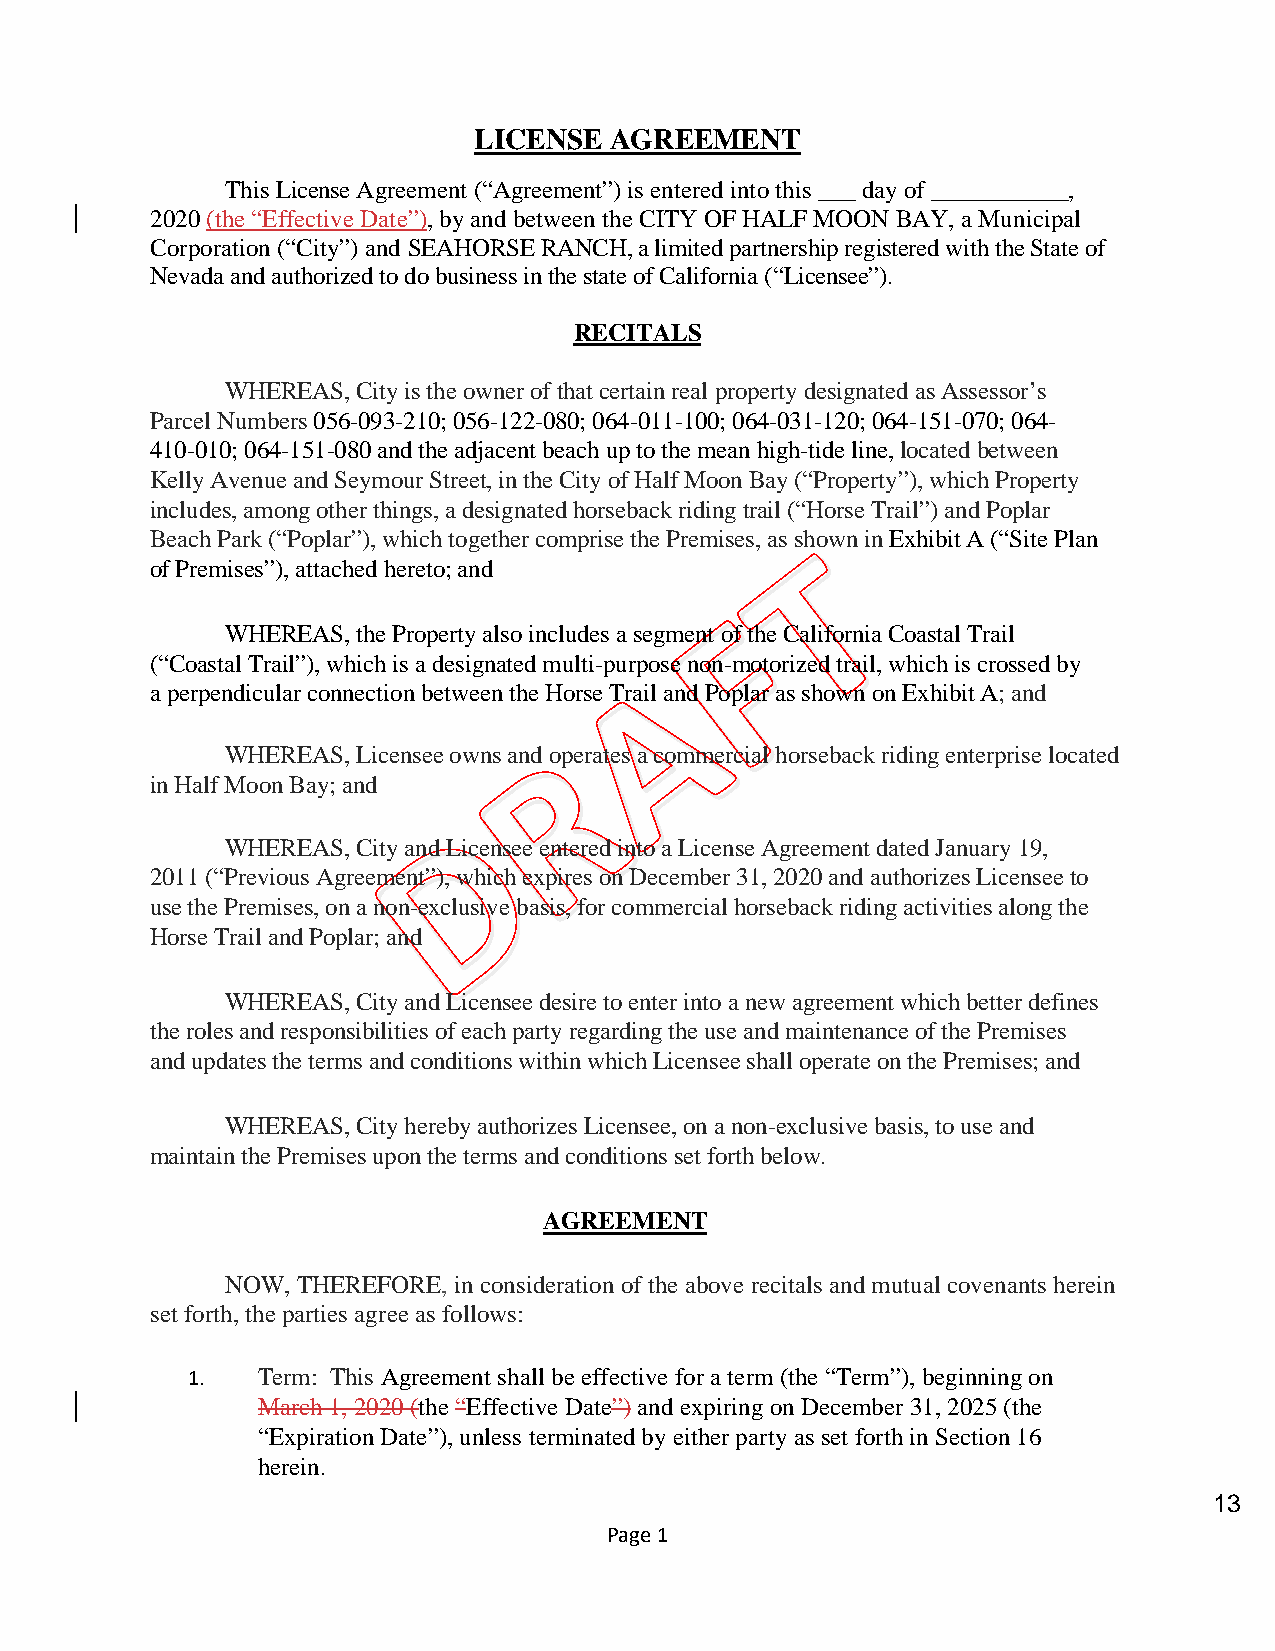
LICENSE  AGREEMENT
 This License Agreement (“Agreement”) is entered into this ___ day of ___________,
 2020 (the “Effective Date”), by and between the CITY OF HALF MOON BAY, a Municipal
 Corporation (“City”) and SEAHORSE RANCH, a limited partnership registered with the State of
 Nevada and authorized to do business in the state of California (“Licensee”).
 RECITALS
 WHEREAS, City is the owner of that certain real property designated as Assessor’s
 Parcel Numbers 056-093-210; 056-122-080; 064-011-100; 064-031-120; 064-151-070; 064-
 410-010; 064-151-080 and the adjacent beach up to the mean high-tide line, located between
 Kelly Avenue and Seymour Street, in the City of Half Moon Bay (“Property”), which Property
 includes, among other things, a designated horseback riding trail (“Horse Trail”) and Poplar
 Beach Park (“Poplar”), which together comprise the Premises, as shown in Exhibit A (“Site Plan
 of Premises”), attached hereto; and
 WHEREAS, the Property also includes a segment of the California Coastal Trail
 (“Coastal Trail”), which is a designated multi-purpose non-motorized trail, which is crossed by
 a perpendicular connection between the Horse Trail and Poplar as shown on Exhibit A; and
 WHEREAS, Licensee owns and operates a commercial horseback riding enterprise located
 in Half Moon Bay; and
 WHEREAS, City and Licensee entered into a License Agreement dated January 19,
 2011 (“Previous Agreement”), which expires on December 31, 2020 and authorizes Licensee to
 use the Premises, on a non-exclusive basis, for commercial horseback riding activities along the
 Horse Trail and Poplar; and
 WHEREAS, City and Licensee desire to enter into a new agreement which better defines
 the roles and responsibilities of each party regarding the use and maintenance of the Premises
 and updates the terms and conditions within which Licensee shall operate on the Premises; and
 WHEREAS, City hereby authorizes Licensee, on a non-exclusive basis, to use and
 maintain the Premises upon the terms and conditions set forth below.
 AGREEMENT
 NOW, THEREFORE, in consideration of the above recitals and mutual covenants herein
 set forth, the parties agree as follows:
 1.   Term: This Agreement shall be effective for a term (the “Term”), beginning on
 March 1, 2020 (the “Effective Date”) and expiring on December 31, 2025 (the
 “Expiration Date”), unless terminated by either party as set forth in Section 16
 herein.
 13
 Page 1